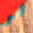
هو